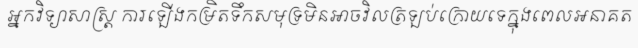
អ្នកវិទ្យាសាស្ត្រ ការឡើងកម្រិតទឹកសមុទ្រមិនអាចវិលត្រឡប់ក្រោយទេក្នុងពេលអនាគត